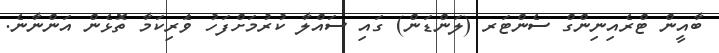
ބާއީން ޓްރެއިނިންގް ސެންޓަރ (ލަންޑަން) ގައި ސައްލާ ކުރުމަށްފަހު ވަެރިކަމާ ތޮޅެން އަންނާނެ.